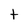
Character: t